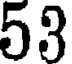
53